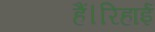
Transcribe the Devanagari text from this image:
हैं।रिहाई